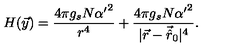
H ( \vec { y } ) = \frac { 4 \pi g _ { s } N { \alpha ^ { \prime } } ^ { 2 } } { r ^ { 4 } } + \frac { 4 \pi g _ { s } N { \alpha ^ { \prime } } ^ { 2 } } { | \vec { r } - \vec { \hat { r } } _ { 0 } | ^ { 4 } } .